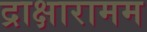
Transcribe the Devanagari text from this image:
द्राक्षारामम